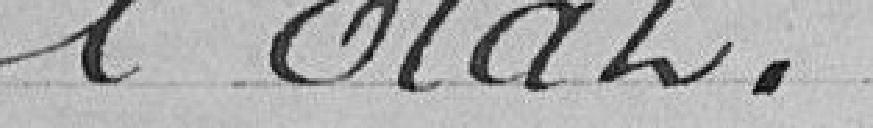
l'Etat.